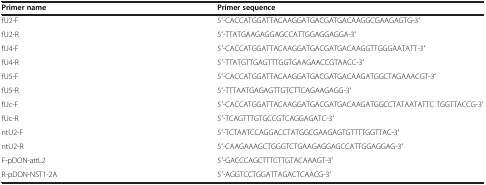
<table><thead><tr><td><b>Primer name</b></td><td><b>Primer sequence</b></td></tr></thead><tbody><tr><td>fU2-F</td><td>5′-CACCATGGATTACAAGGATGACGATGACAAGGCGAAGAGTG-3′</td></tr><tr><td>fU2-R</td><td>5′-TTATGAAGAGGAGCCATTGGAGGAGGA-3′</td></tr><tr><td>fU4-F</td><td>5′-CACCATGGATTACAAGGATGACGATGACAAGGTTGGGAATATT-3′</td></tr><tr><td>fU4-R</td><td>5′-TTATGTTGAGTTTGGTGAAGAACCGTAACC-3′</td></tr><tr><td>fU5-F</td><td>5′-CACCATGGATTACAAGGATGACGATGACAAGATGGCTAGAAACGT-3′</td></tr><tr><td>fU5-R</td><td>5′-TTTAATGAGAGTTGTCTTCAGAAGAGG-3′</td></tr><tr><td>fUc-F</td><td>5′-CACCATGGATTACAAGGATGACGATGACAAGATGGCCTATAATATTC TGGTTACCG-3′</td></tr><tr><td>fUc-R</td><td>5′-TCAGTTTGTGCCGTCAGGAGATC-3′</td></tr><tr><td>ntU2-F</td><td>5′-TCTAATCCAGGACCTATGGCGAAGAGTGTTTTGGTTAC-3′</td></tr><tr><td>ntU2-R</td><td>5′-CAAGAAAGCTGGGTCTGAAGAGGAGCCATTGGAGGAG-3′</td></tr><tr><td>F-pDON-attL2</td><td>5′-GACCCAGCTTTCTTGTACAAAGT-3′</td></tr><tr><td>R-pDON-NST1-2A</td><td>5′-AGGTCCTGGATTAGACTCAACG-3′</td></tr></tbody></table>